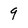
Character: 9